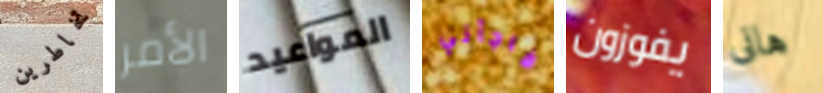
تخاطرين الأمر المواعيد فاجأني يفوزون هانى